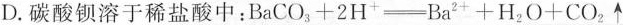
D.碳酸钡溶于稀盐酸中：$$B a C O _ { 3 } + \xlongequal